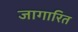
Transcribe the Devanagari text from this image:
जागारित